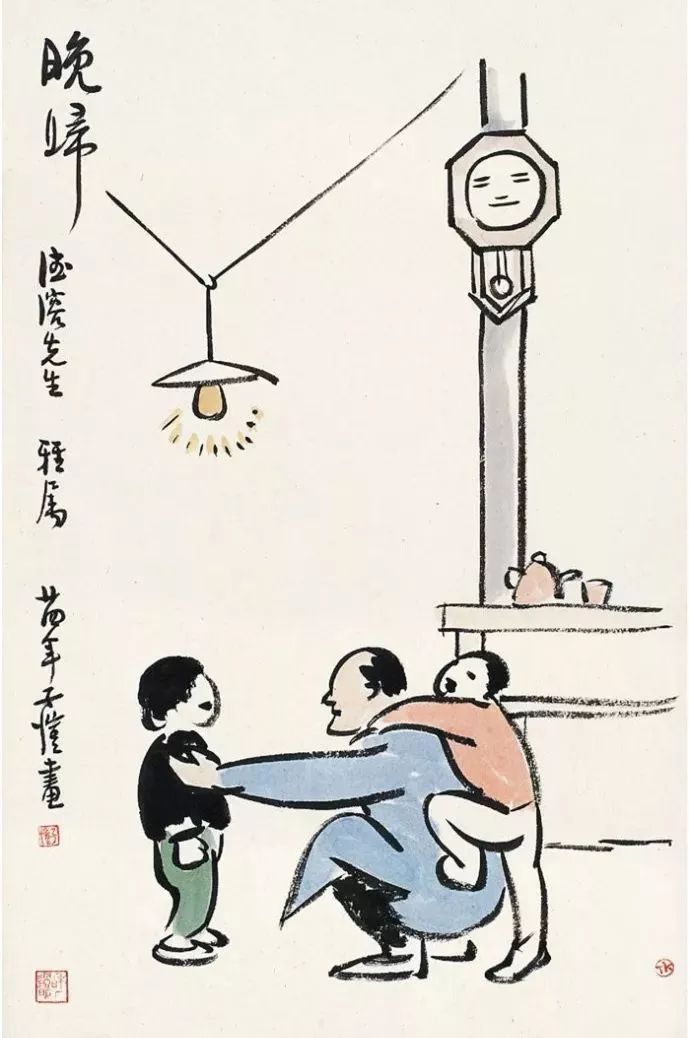
去日儿童皆长大，昔年亲友半凋零。